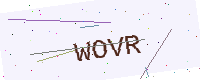
Text: WOVR